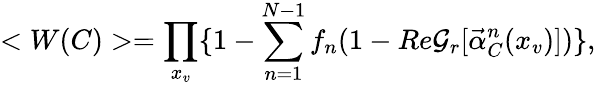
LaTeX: <W(C)>=\prod_{x_{v}}\{ 1-\sum_{n=1}^{N-1}f_{n}(1-Re{\cal G}_{r}[\vec{\alpha}_{C}^{n}(x_{v})])\} ,